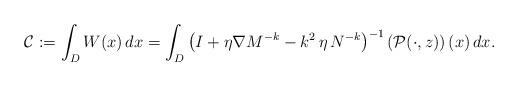
LaTeX: \begin{align*}\mathcal{C} := \int_{D} W(x) \, dx = \int_{D} \left(I + \eta \nabla M^{-k} - k^{2} \, \eta \, N^{-k} \right)^{-1}\left( \mathcal{P}(\cdot,z)\right)(x) \, dx.\end{align*}